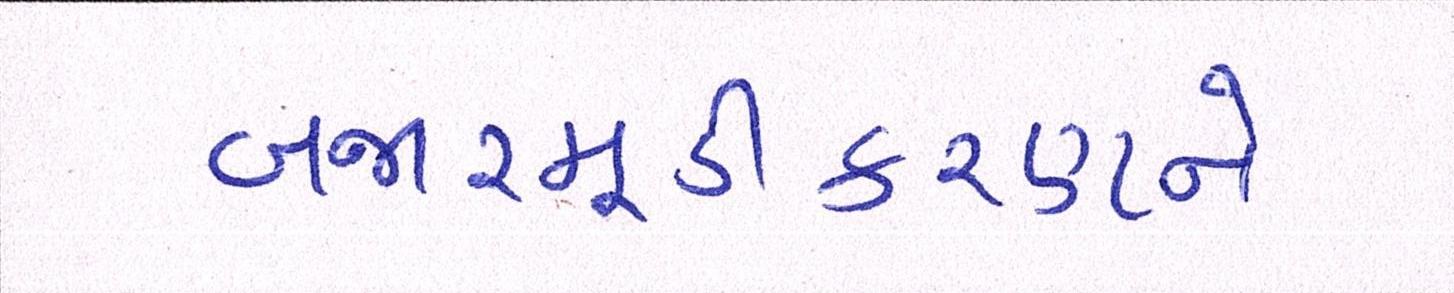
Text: બજારમૂડીકરણને